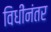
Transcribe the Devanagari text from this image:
विधींनंतर